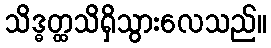
သိဒ္ဓတ္ထသိရှိသွားလေသည်။